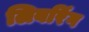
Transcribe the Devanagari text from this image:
लिबरिंग